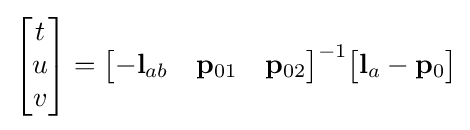
{\begin{bmatrix}t\\u\\v\end{bmatrix}}={\begin{bmatrix}-\mathbf {l} _{ab}&\mathbf {p} _{01}&\mathbf {p} _{02}\end{bmatrix}}^{-1}{\begin{bmatrix}\mathbf {l} _{a}-\mathbf {p} _{0}\end{bmatrix}}